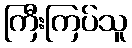
ကြီးကြပ်သူ